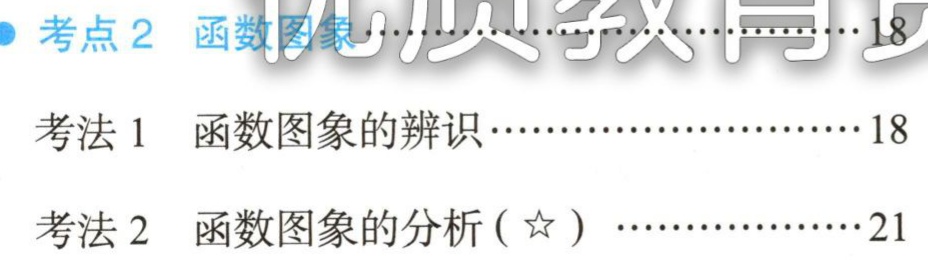
考点 2  函数图象

考法 1  函数图象的辨识··························18

考法 2  函数图象的分析 (☆) ·····················21